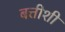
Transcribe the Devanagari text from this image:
बत्तीशी